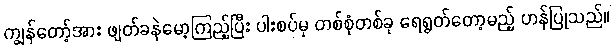
ကျွန်တော့်အား ဖျတ်ခနဲမော့ကြည့်ပြီး ပါးစပ်မှ တစ်စုံတစ်ခု ရေရွတ်တော့မည့် ဟန်ပြုသည်။